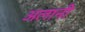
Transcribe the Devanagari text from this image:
अलानी